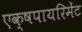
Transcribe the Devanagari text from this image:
एक्षपायरिमेंट